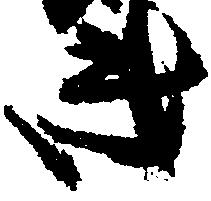
き